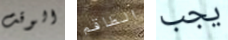
الوقت الطاقم يجب